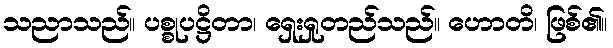
သညာသည်။ ပစ္စုပဋ္ဌိတာ၊ ရှေးရှုတည်သည်။ ဟောတိ၊ ဖြစ်၏။